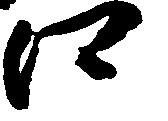
江